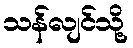
သန်လျင်သို့